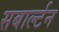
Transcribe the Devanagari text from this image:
सबार्ल्टन